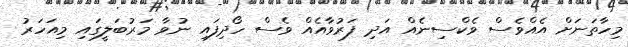
މިހާތަނަށް އެއްވެސް ވެކްސިނެއް އަދި ފަރުވާއެއް ވެސް ހޯދިފައި ނުވާ މަރުބަލީގައި މިއަހަރު